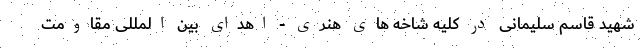
شهید قاسم سلیمانی در کلیه شاخه های هنری - اهدای بین المللی مقاومت